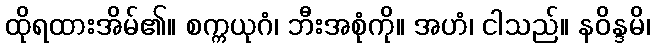
ထိုရထားအိမ်၏။ စက္ကယုဂံ၊ ဘီးအစုံကို။ အဟံ၊ ငါသည်။ နဝိန္ဒမိ၊